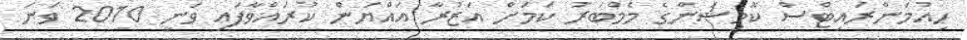
ހިއުމަންރައިޓްސް ކޮމިޝަންގެ މެމްބަރު ކަމަށް އަޒުރާ އައްޔަން ކުރައްވާފައި ވަނީ 2010 ވަނަ